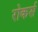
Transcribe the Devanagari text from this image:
रोकर्स